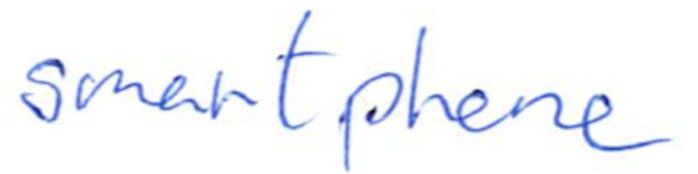
Text: smartphone
Cross-out: clean
Writing tool: ballpoint